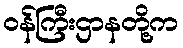
ဝန်ကြီးဌာနတို့က